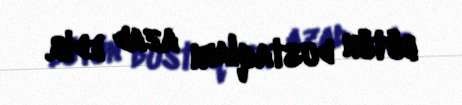
bütün dustaqları azad edib.